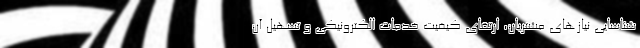
شناسایی نیازهای مشتریان، ارتقای کیفیت خدمات الکترونیکی و تسهیل آن